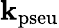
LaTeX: \mathbf{k}_{\mathrm{{pseu}}}